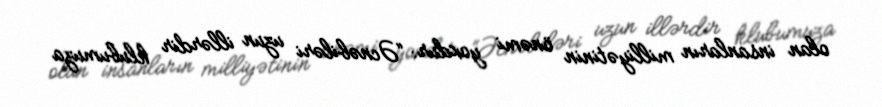
olan insanların milliyətinin önəmi yoxdur: “Əcnəbiləri uzun illərdir klubumuza